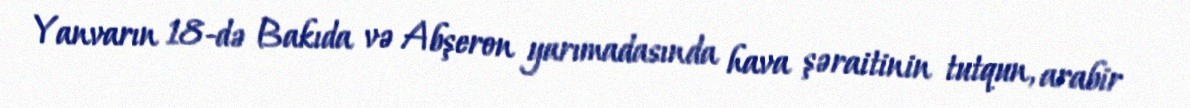
Yanvarın 18-də Bakıda və Abşeron yarımadasında hava şəraitinin tutqun, arabir